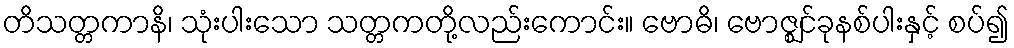
တိသတ္တကာနိ၊ သုံးပါးသော သတ္တကတို့လည်းကောင်း။ ဗောဓိ၊ ဗောဇ္ဈင်ခုနစ်ပါးနှင့် စပ်၍